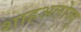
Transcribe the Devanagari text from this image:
शाहअलोज्यु